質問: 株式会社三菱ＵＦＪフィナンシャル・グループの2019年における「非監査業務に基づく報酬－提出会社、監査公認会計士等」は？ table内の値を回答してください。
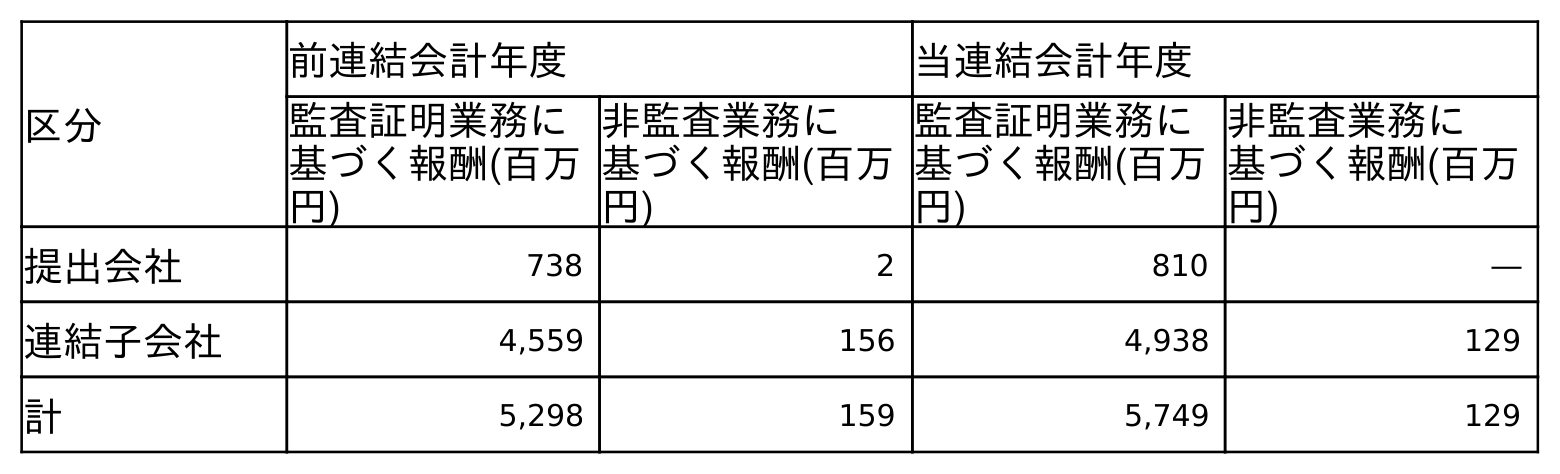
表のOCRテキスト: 区分 前連結会計年度 当連結会計年度 監査証明業務に 基づく報酬(百万 円) 非監査業務に 基づく報酬(百万 円) 監査証明業務に 基づく報酬(百万 円) 非監査業務に 基づく報酬(百万 円) 提出会社 738 2 810 ― 連結子会社 4,559 156 4,938 129 計 5,298 159 5,749 129
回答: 2